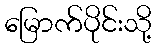
မြောက်ပိုင်းသို့